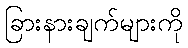
ခြားနားချက်များကို